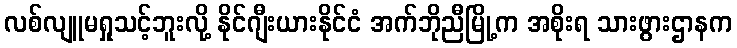
လစ်လျူမရှုသင့်ဘူးလို့ နိုင်ဂျီးယားနိုင်ငံ အက်ဘိုညီမြို့က အစိုးရ သားဖွားဌာနက